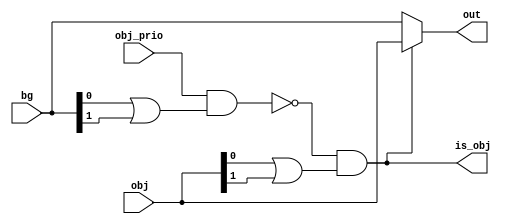
module PixelMuxer(input [3:0] bg, input [3:0] obj, input obj_prio, output [3:0] out, output is_obj);
  wire bg_flag = bg[0] | bg[1];
  wire obj_flag = obj[0] | obj[1];
  assign is_obj = !(obj_prio && bg_flag) && obj_flag;
  assign out = is_obj ? obj : bg;
endmodule